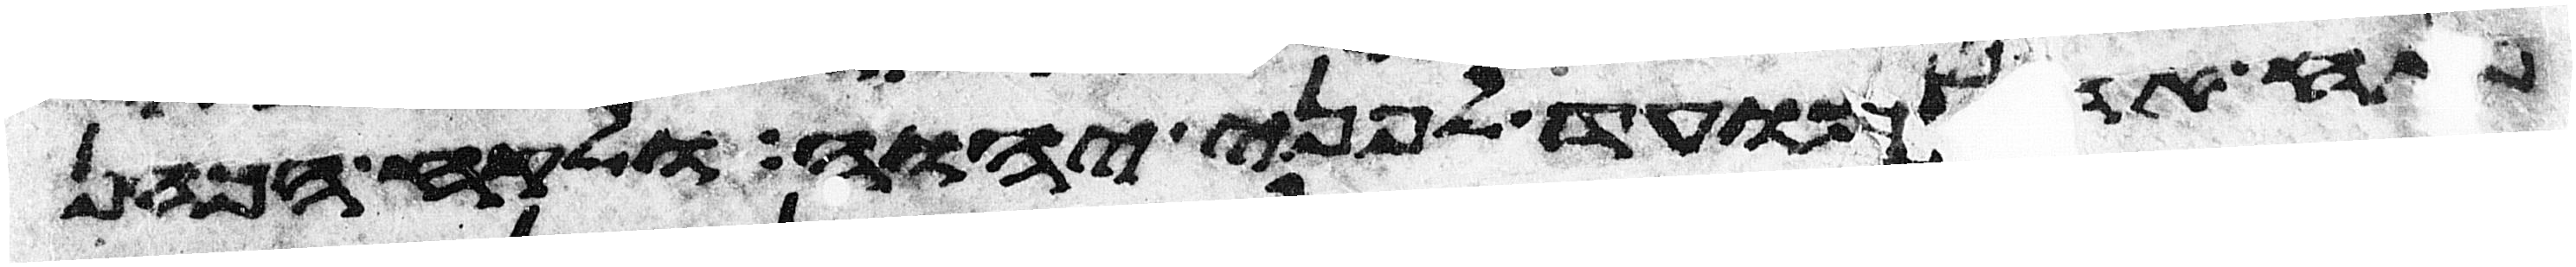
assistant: פתח אהל מועד לפני יהוה ולקח הכהן